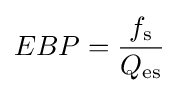
EBP={\frac {f_{\rm {s}}}{Q_{\rm {es}}}}